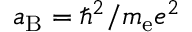
a _ { \mathrm { B } } = \hbar ^ { 2 } / m _ { \mathrm { e } } e ^ { 2 }